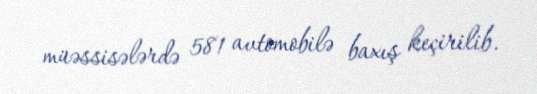
müəssisələrdə 581 avtomobilə baxış keçirilib.